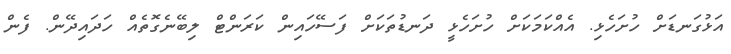
އަޅުގަނޑަށް ހުށަހެޅި. އެއްކަމަކަށް ހުށަހެޅީ ދަނޑުތަކަށް ފަސޭހައިން ކަރަންޓް ލިބޭނެގޮތެއް ހަދައިދޭން. ފެން